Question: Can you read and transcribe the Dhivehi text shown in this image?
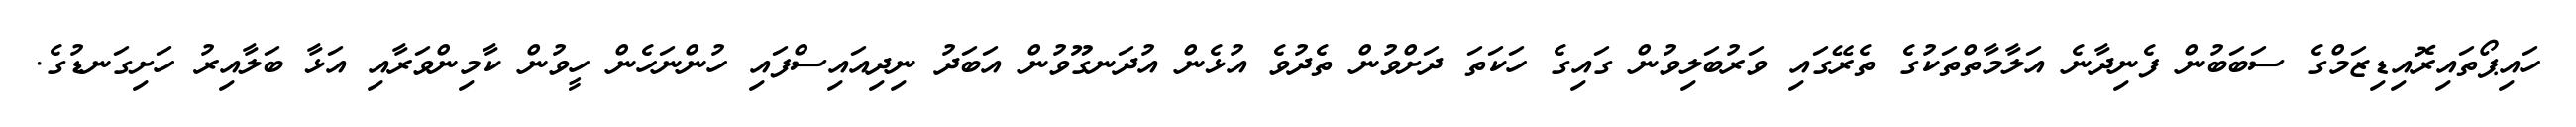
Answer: ހައިޕޯތައިރޮއިޑިޒަމްގެ ސަބަބުން ފެނިދާނެ އަލާމާތްތަކުގެ ތެރޭގައި ވަރުބަލިވުން ގައިގެ ހަކަތަ ދަށްވުން ތެދުވެ އުޅެން އުދަނގޫވުން އަބަދު ނިދިއައިސްފައި ހުންނަހެން ހީވުން ކާމިންވަރާއި އަޅާ ބަލާއިރު ހަށިގަނޑުގެ.